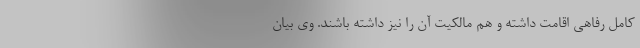
کامل رفاهی اقامت داشته و هم مالکیت آن را نیز داشته باشند. وی بیان